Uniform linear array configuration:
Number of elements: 12
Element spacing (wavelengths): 0.75
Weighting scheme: hann
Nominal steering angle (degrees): -30
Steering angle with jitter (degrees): -28.149
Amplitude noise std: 0.05
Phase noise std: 0.05

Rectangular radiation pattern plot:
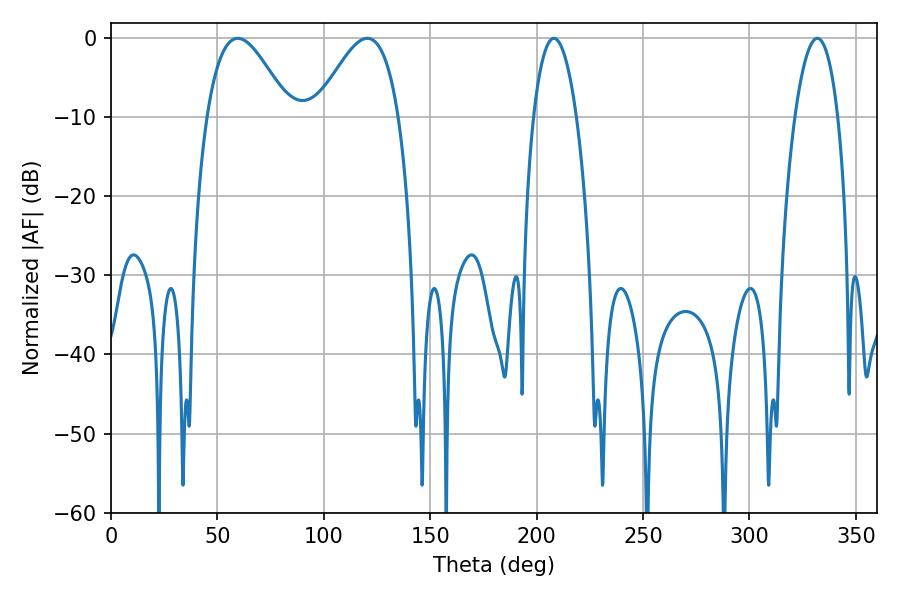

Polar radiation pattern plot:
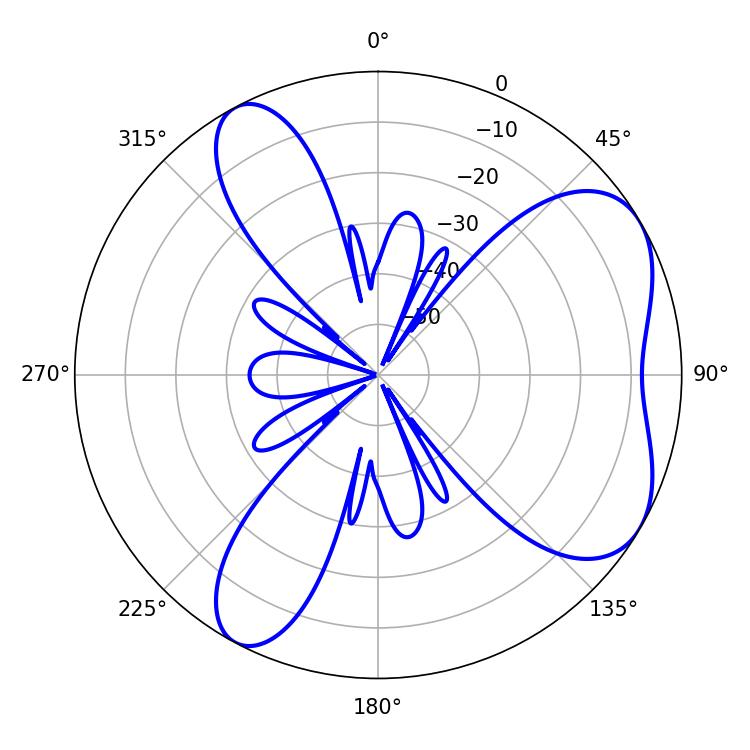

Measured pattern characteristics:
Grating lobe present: TRUE
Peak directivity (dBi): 5.807
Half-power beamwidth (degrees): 20.88
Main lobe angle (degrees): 120.42